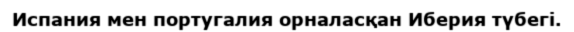
Испания мен португалия орналасқан Иберия түбегі.